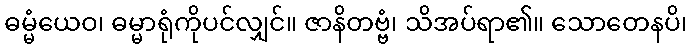
ဓမ္မံယေဝ၊ ဓမ္မာရုံကိုပင်လျှင်။ ဇာနိတဗ္ဗံ၊ သိအပ်ရာ၏။ သောတေနပိ၊